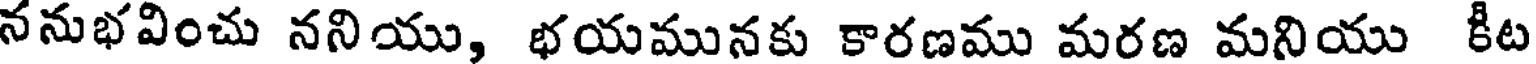
ననుభవించు ననియు, భయమునకు కారణము మరణ మనియు కీట